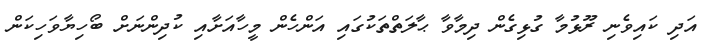
އަދި ކައިވެނި ރޫޅުމާ ގުޅިގެން ދިމާވާ ޙާލަތްތަކުގައި އަންހެން މީހާއަށާއި ކުދިންނަށް ބޯހިޔާވަހިކަން